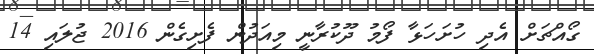
ގޯއްޗަށް އެދި ހުށަހަޅާ ފޯމު ދޫކުރާނީ މިއަދުން ފެށިގެން 2016 ޖުލައި 14